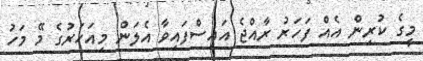
މީގެ ކުރިން އެއް ފަހަރު ރާއްޖެ އައިސްފައިވާ އެލަން މިއަހަރުގެ މޭ މަހު